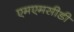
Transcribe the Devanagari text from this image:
एमएमसीडी